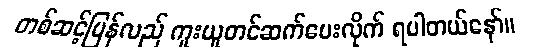
တစ်ဆင့်ပြန်လည် ကူးယူတင်ဆက်ပေးလိုက် ရပါတယ်နော်။